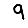
Digit: 9